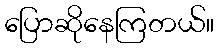
ပြောဆိုနေကြတယ်။